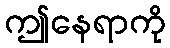
ဤနေရာကို